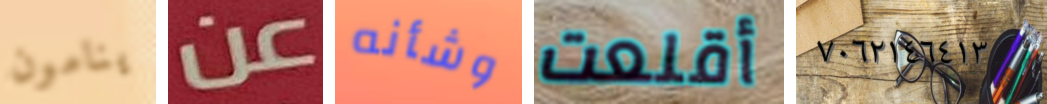
ينامون عن وشأنه أقلعت ٧٠٦٢١٤٦٤١٣